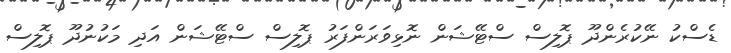
ޑެސްކު ނޭކުރެންދޫ ޕޮލިސް ސްޓޭޝަން ނޮޅިވަރަންފަރު ޕޮލިސް ސްޓޭޝަން އަދި މަކުނުދޫ ޕޮލިސް